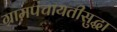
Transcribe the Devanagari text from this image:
ग्रामपंचायतीसुद्धा